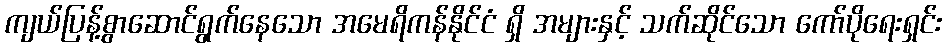
ကျယ်ပြန့်စွာဆောင်ရွက်နေသော အမေရိကန်နိုင်ငံ ရှိ အများနှင့် သက်ဆိုင်သော ကော်ပိုရေးရှင်း